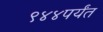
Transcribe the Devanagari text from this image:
९४४पर्यंत